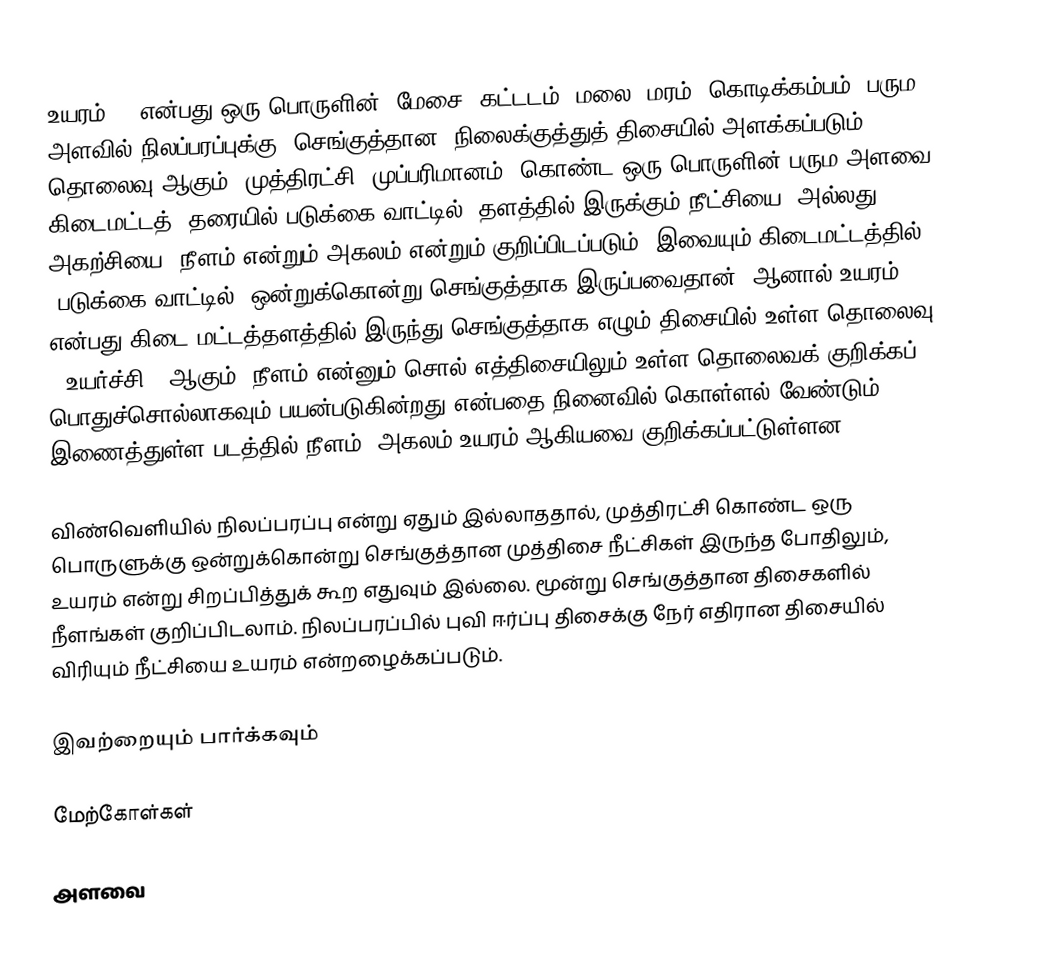
உயரம்  () என்பது ஒரு பொருளின் (மேசை, கட்டடம், மலை, மரம், கொடிக்கம்பம்) பரும அளவில் நிலப்பரப்புக்கு (செங்குத்தான) நிலைக்குத்துத் திசையில் அளக்கப்படும் தொலைவு ஆகும். முத்திரட்சி (முப்பரிமானம்) கொண்ட ஒரு பொருளின் பரும அளவை கிடைமட்டத் (தரையில் படுக்கை வாட்டில்) தளத்தில் இருக்கும் நீட்சியை (அல்லது அகற்சியை) நீளம் என்றும் அகலம் என்றும் குறிப்பிடப்படும். இவையும் கிடைமட்டத்தில் (படுக்கை வாட்டில்) ஒன்றுக்கொன்று செங்குத்தாக இருப்பவைதான். ஆனால் உயரம் என்பது கிடை மட்டத்தளத்தில் இருந்து செங்குத்தாக எழும் திசையில் உள்ள தொலைவு ("உயர்ச்சி") ஆகும். நீளம் என்னும் சொல் எத்திசையிலும் உள்ள தொலைவக் குறிக்கப் பொதுச்சொல்லாகவும் பயன்படுகின்றது என்பதை நினைவில் கொள்ளல் வேண்டும். இணைத்துள்ள படத்தில் நீளம், அகலம் உயரம் ஆகியவை குறிக்கப்பட்டுள்ளன.

விண்வெளியில் நிலப்பரப்பு என்று ஏதும் இல்லாததால், முத்திரட்சி கொண்ட ஒரு பொருளுக்கு ஒன்றுக்கொன்று செங்குத்தான முத்திசை நீட்சிகள் இருந்த போதிலும், உயரம் என்று சிறப்பித்துக் கூற எதுவும் இல்லை. மூன்று செங்குத்தான திசைகளில் நீளங்கள் குறிப்பிடலாம். நிலப்பரப்பில் புவி ஈர்ப்பு திசைக்கு நேர் எதிரான திசையில் விரியும் நீட்சியை உயரம் என்றழைக்கப்படும்.

இவற்றையும் பார்க்கவும்

மேற்கோள்கள்

அளவை